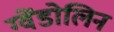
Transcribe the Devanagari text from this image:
ग्वेंडोलिन